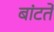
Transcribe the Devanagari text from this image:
बांटतें